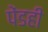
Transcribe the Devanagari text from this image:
पेंडही